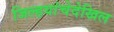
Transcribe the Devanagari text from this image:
जिल्हयांचेदेखिल